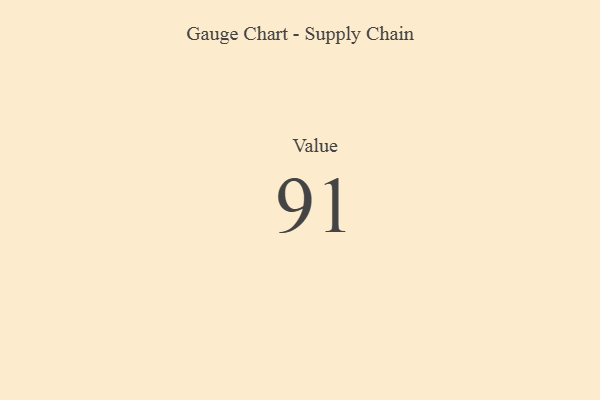
{"axis": {"x": "Metric", "y": "Value"}, "legend": [""], "data": [{"x": "Value", "y": 91, "type": ""}]}